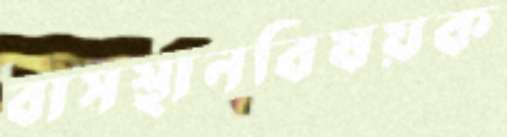
বাসস্থানবিষয়ক